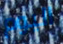
اليوم